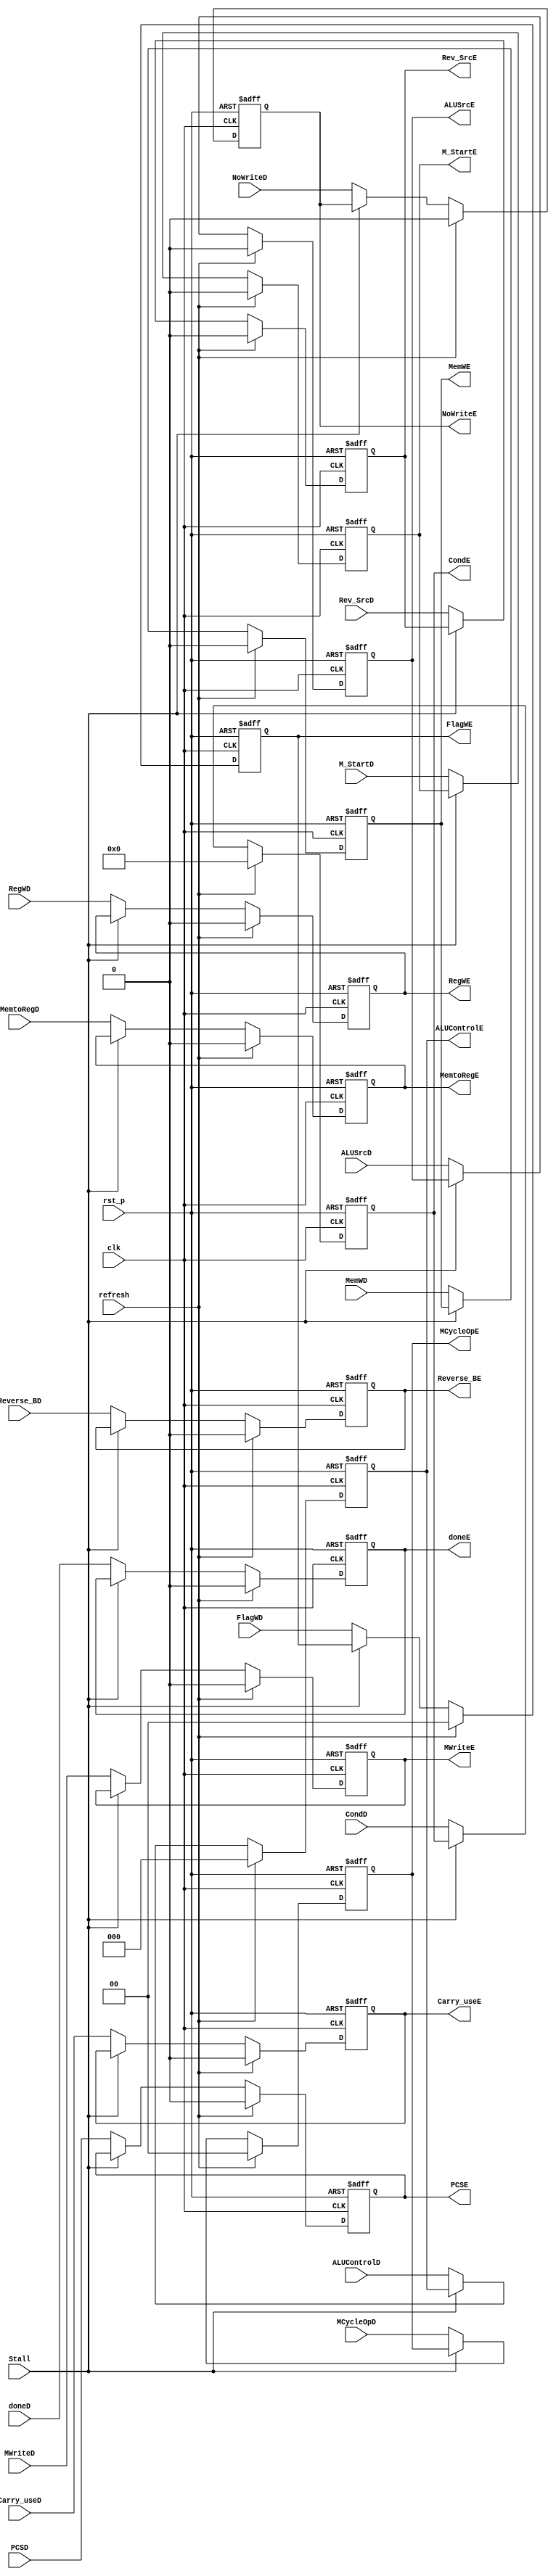
module RegisterD2E_Cond
(
    input clk,
    input rst_p,
    input refresh,
    input Stall,

    input PCSD,
    input RegWD,
    input MemWD,
    input [1:0] FlagWD,
    input [2:0] ALUControlD,
    input MemtoRegD,
    input ALUSrcD,
    input [3:0] CondD,

    output PCSE,
    output RegWE,
    output MemWE,
    output [1:0] FlagWE,
    output [2:0] ALUControlE,
    output MemtoRegE,
    output ALUSrcE,
    output [3:0] CondE,

    input doneD,
    input M_StartD,
    input [1:0] MCycleOpD,
    input MWriteD,

    output doneE,
    output M_StartE,
    output [1:0] MCycleOpE,
    output MWriteE,

    input NoWriteD,
    output NoWriteE,

    input Carry_useD,
    input Reverse_BD,
    input Rev_SrcD,

    output Carry_useE,
    output Reverse_BE,
    output Rev_SrcE



    // input [31:0] RD1_D,
    // input [31:0] RD2_D,
    // input [31:0] Extend_D,
    // input [3:0] A3_addr_D,

    // output [31:0] RD1_E,
    // output [31:0] RD2_E,
    // output [31:0] Extend_E,
    // output [3:0] A3_addr_E
);
    
    reg PCS_reg;
    reg RegW_reg;
    reg MemW_reg;
    reg [1:0] FlagW_reg;
    reg [2:0] ALUControl_reg;
    reg MemtoReg_reg;
    reg ALUSrc_reg;
    reg [3:0] Cond_reg;

    reg done_reg;
    reg M_Start_reg;
    reg [1:0] MCycleOp_reg;
    reg MWrite_reg;

    reg NoWrite_reg;

    reg Carry_use_reg, Reverse_B_reg, Rev_Src_reg;
    // reg [31:0] RD1_reg;
    // reg [31:0] RD2_reg;
    // reg [31:0] Extend_reg;
    // reg [3:0] A3_addr_reg;

    always @(posedge clk or posedge rst_p) begin
        if(rst_p)   begin
            PCS_reg <= 1'd0;
            RegW_reg <= 1'd0;
            MemW_reg <= 1'd0;
            FlagW_reg <= 2'd0;
            ALUControl_reg <= 2'd0;
            MemtoReg_reg <= 1'd0;
            ALUSrc_reg <= 1'd0;
            Cond_reg <= 4'd0;

            done_reg <= 1'd0;
            M_Start_reg <= 1'd0;
            MCycleOp_reg <= 2'd0;
            MWrite_reg <= 1'd0;

            NoWrite_reg <= 1'b0;

            Carry_use_reg <= 1'd0;
            Reverse_B_reg <= 1'd0;
            Rev_Src_reg <= 1'd0;
            // RD1_reg <= 32'd0;
            // RD2_reg <= 32'd0;
            // Extend_reg <= 32'd0;
            // A3_addr_reg <= 4'd0;
        end
        else if(refresh)    begin
            PCS_reg <= 1'd0;
            RegW_reg <= 1'd0;
            MemW_reg <= 1'd0;
            FlagW_reg <= 2'd0;
            ALUControl_reg <= 2'd0;
            MemtoReg_reg <= 1'd0;
            ALUSrc_reg <= 1'd0;
            Cond_reg <= 4'd0;

            done_reg <= 1'd0;
            M_Start_reg <= 1'd0;
            MCycleOp_reg <= 2'd0;
            MWrite_reg <= 1'd0;

            NoWrite_reg <= 1'b0;

            Carry_use_reg <= 1'd0;
            Reverse_B_reg <= 1'd0;
            Rev_Src_reg <= 1'd0;
            // RD1_reg <= 32'd0;
            // RD2_reg <= 32'd0;
            // Extend_reg <= 32'd0;
            // A3_addr_reg <= 4'd0;
        end
        else if(Stall)  begin
            PCS_reg <= PCS_reg;
            RegW_reg <= RegW_reg;
            MemW_reg <= MemW_reg;
            FlagW_reg <= FlagW_reg;
            ALUControl_reg <= ALUControl_reg;
            MemtoReg_reg <= MemtoReg_reg;
            ALUSrc_reg <= ALUSrc_reg;
            Cond_reg <= Cond_reg;

            done_reg <= done_reg;
            M_Start_reg <= M_Start_reg;
            MCycleOp_reg <= MCycleOp_reg;
            MWrite_reg <= MWrite_reg;

            NoWrite_reg <= NoWrite_reg;

            Carry_use_reg <= Carry_use_reg;
            Reverse_B_reg <= Reverse_B_reg;
            Rev_Src_reg <= Rev_Src_reg;
        end
        else begin
            PCS_reg <=  PCSD;
            RegW_reg <= RegWD;
            MemW_reg <= MemWD;
            FlagW_reg <= FlagWD;
            ALUControl_reg <= ALUControlD;
            MemtoReg_reg <= MemtoRegD;
            ALUSrc_reg <= ALUSrcD;
            Cond_reg <= CondD;

            done_reg <= doneD;
            M_Start_reg <= M_StartD;
            MCycleOp_reg <= MCycleOpD;
            MWrite_reg <= MWriteD;

            NoWrite_reg <= NoWriteD;

            Carry_use_reg <= Carry_useD;
            Reverse_B_reg <= Reverse_BD;
            Rev_Src_reg <= Rev_SrcD;
            // RD1_reg <= RD1_D;
            // RD2_reg <= RD2_D;
            // Extend_reg <= Extend_D;
            // A3_addr_reg <= A3_addr_D;
        end
    end

    assign PCSE = PCS_reg;
    assign RegWE = RegW_reg;
    assign MemWE = MemW_reg;
    assign FlagWE = FlagW_reg;
    assign ALUControlE = ALUControl_reg;
    assign MemtoRegE = MemtoReg_reg;
    assign ALUSrcE = ALUSrc_reg;
    assign CondE = Cond_reg;

    assign doneE = done_reg;
    assign M_StartE = M_Start_reg;
    assign MCycleOpE = MCycleOp_reg;
    assign MWriteE = MWrite_reg;

    assign NoWriteE = NoWrite_reg;

    assign Carry_useE = Carry_use_reg;
    assign Reverse_BE = Reverse_B_reg;
    assign Rev_SrcE = Rev_Src_reg;
    // assign RD1_E = RD1_reg;
    // assign RD2_E = RD2_reg;
    // assign Extend_E = Extend_reg;
    // assign A3_addr_E = A3_addr_reg;
endmodule